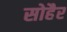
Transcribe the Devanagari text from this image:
सोहैर